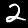
Label: 2